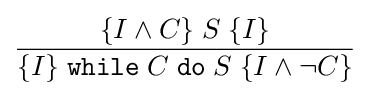
{\frac {\{I\land C\}\;S\;\{I\}}{\{I\}\;{\mathtt {while}}\;C\;{\mathtt {do}}\;S\;\{I\land \lnot C\}}}